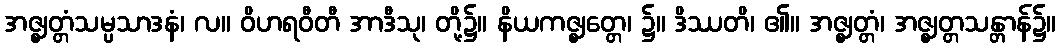
အဇ္ဈတ္တံသမ္ပသာဒနံ၊ လ။ ဝိဟရဝီတီ အာဒီသု၊ တို့၌။ နိယကဇ္ဈတ္တေ၊ ၌။ ဒိဿတိ၊ ၏။ အဇ္ဈတ္တံ၊ အဇ္ဈတ္တသန္တာန်၌။